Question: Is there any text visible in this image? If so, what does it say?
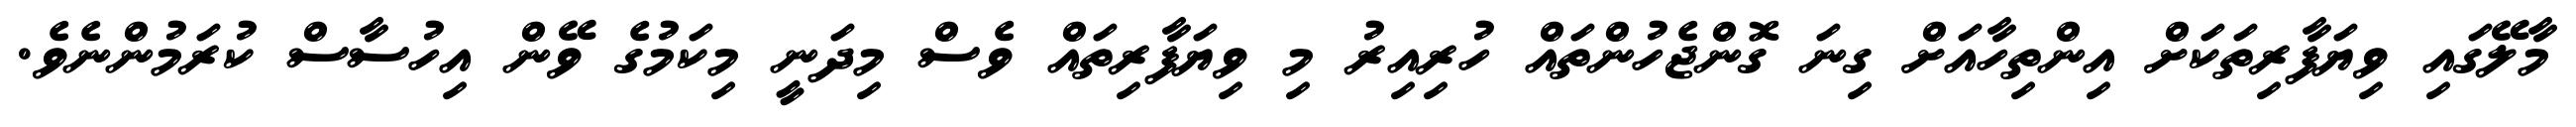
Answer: މާލޭގައި ވިޔަފާރިތަކަށް އިންތިހާއަށް ގިނަ ގޮންޖެހުންތައް ހުރިއިރު މި ވިޔަފާރިތައް ވެސް މިދަނީ މިކަމުގެ ވޭން އިހުސާސް ކުރަމުންނެވެ.